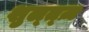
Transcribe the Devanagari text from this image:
शुल्त्ज़